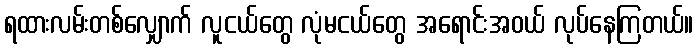
ရထားလမ်းတစ်လျှောက် လူငယ်တွေ လုံမငယ်တွေ အရောင်းအဝယ် လုပ်နေကြတယ်။